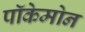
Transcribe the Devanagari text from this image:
पॉकेमोन